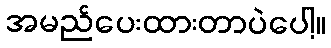
အမည်ပေးထားတာပဲပေါ့။